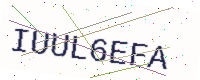
Text: IUUL6EFA